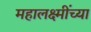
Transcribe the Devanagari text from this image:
महालक्ष्मींच्या